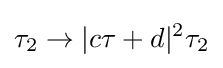
\tau _{2}\rightarrow |c\tau +d|^{2}\tau _{2}